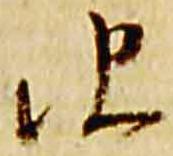
彼